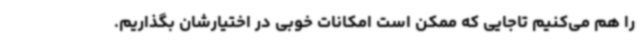
را هم می‌کنیم تاجایی که ممکن است امکانات خوبی در اختیارشان بگذاریم.